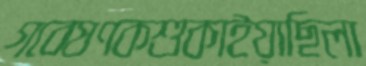
গবেষণকশুকাইয়াছিলা